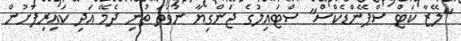
"ލޭޒާ ކަޓް ސްޕޭންޑެކްސް" ސްޓައިލުގެ ޖަންގިޔާ ނުވަތަ ތުނި ދެމޭ އަދި ކައިރިފަށުން